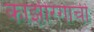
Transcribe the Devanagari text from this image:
काझीरंगाची